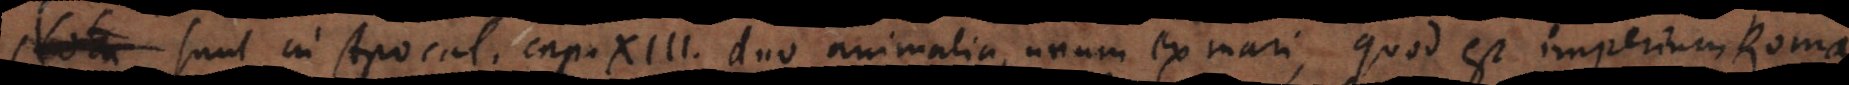
Nota Sunt in Apocal. cap. XIII. duo animalia, unum ex mari, quod est imperium Roma